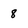
Character: 8